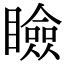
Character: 瞼